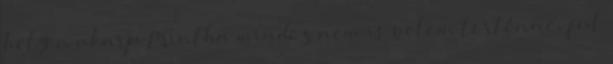
helyen akarja Mintha mindez nem is velem történne, fut